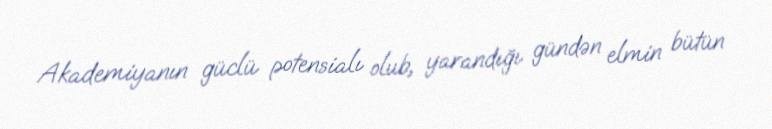
Akademiyanın güclü potensialı olub, yarandığı gündən elmin bütün